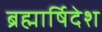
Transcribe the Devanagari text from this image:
ब्रह्मार्षिदेश